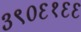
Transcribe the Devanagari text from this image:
३९०६१६६